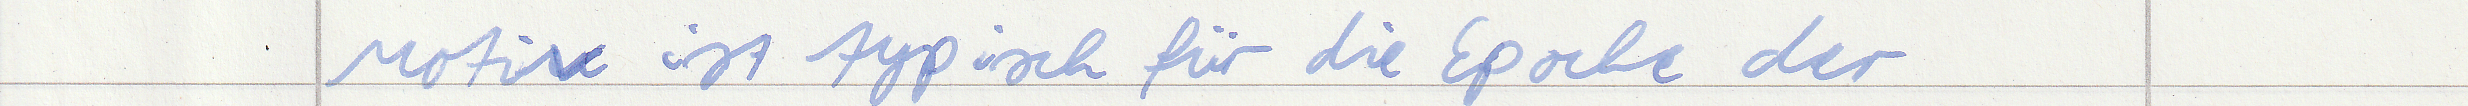
Motive ist typisch für die Epoche der